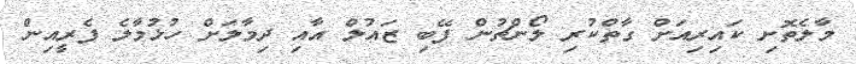
މާލެތޮށި ކައިރިއަށް ގާތްކުރި ލޯންޗުން ފޭބި ޒައުލް އާއި ދިމާލަށް ހުޅުމާލެ ފެރީއިން